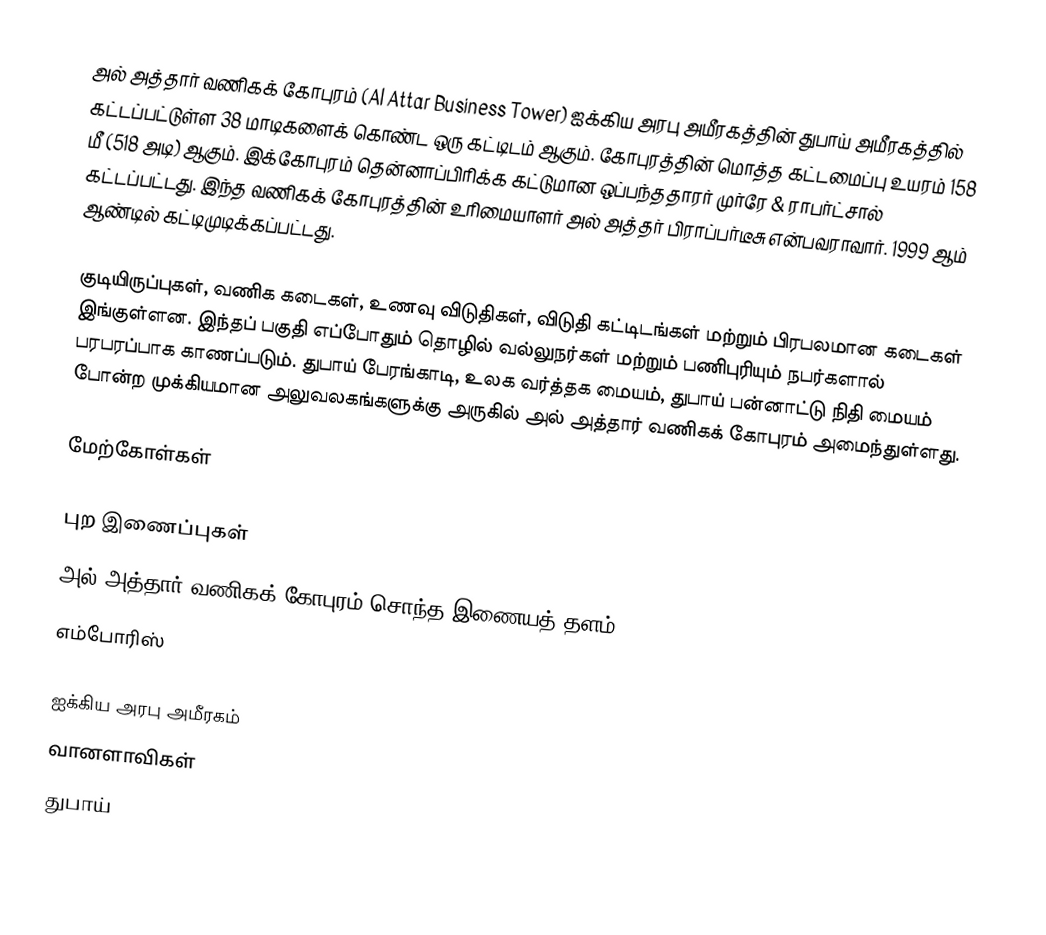
அல் அத்தார் வணிகக் கோபுரம்  (Al Attar Business Tower) ஐக்கிய அரபு அமீரகத்தின் துபாய் அமீரகத்தில் கட்டப்பட்டுள்ள 38 மாடிகளைக் கொண்ட ஒரு கட்டிடம் ஆகும். கோபுரத்தின் மொத்த கட்டமைப்பு உயரம் 158 மீ (518 அடி) ஆகும். இக்கோபுரம்  தென்னாப்பிரிக்க கட்டுமான ஒப்பந்ததாரர் முர்ரே & ராபர்ட்சால் கட்டப்பட்டது. இந்த வணிகக் கோபுரத்தின் உரிமையாளர் அல் அத்தர் பிராப்பர்டீசு என்பவராவார். 1999 ஆம் ஆண்டில் கட்டிமுடிக்கப்பட்டது.

குடியிருப்புகள், வணிக கடைகள், உணவு விடுதிகள், விடுதி கட்டிடங்கள் மற்றும் பிரபலமான கடைகள் இங்குள்ளன. இந்தப் பகுதி எப்போதும் தொழில் வல்லுநர்கள் மற்றும் பணிபுரியும் நபர்களால் பரபரப்பாக காணப்படும். துபாய் பேரங்காடி, உலக வர்த்தக மையம், துபாய் பன்னாட்டு நிதி மையம் போன்ற முக்கியமான அலுவலகங்களுக்கு அருகில் அல் அத்தார் வணிகக் கோபுரம் அமைந்துள்ளது.

மேற்கோள்கள்

புற இணைப்புகள்
அல் அத்தார் வணிகக் கோபுரம்  சொந்த இணையத் தளம்
எம்போரிஸ்

ஐக்கிய அரபு அமீரகம்
வானளாவிகள்
துபாய்